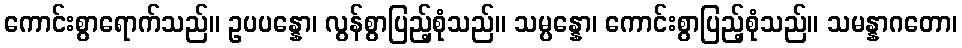
ကောင်းစွာရောက်သည်။ ဥပပန္နော၊ လွန်စွာပြည့်စုံသည်။ သမ္ပန္နော၊ ကောင်းစွာပြည့်စုံသည်။ သမန္နာဂတော၊